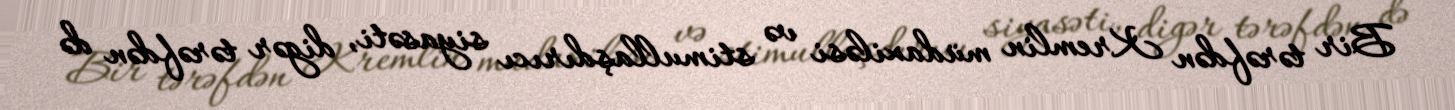
Bir tərəfdən Kremlin müdaxiləsi və stimullaşdırıcı siyasəti, digər tərəfdən də